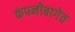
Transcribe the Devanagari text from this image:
कंपनीबागेत